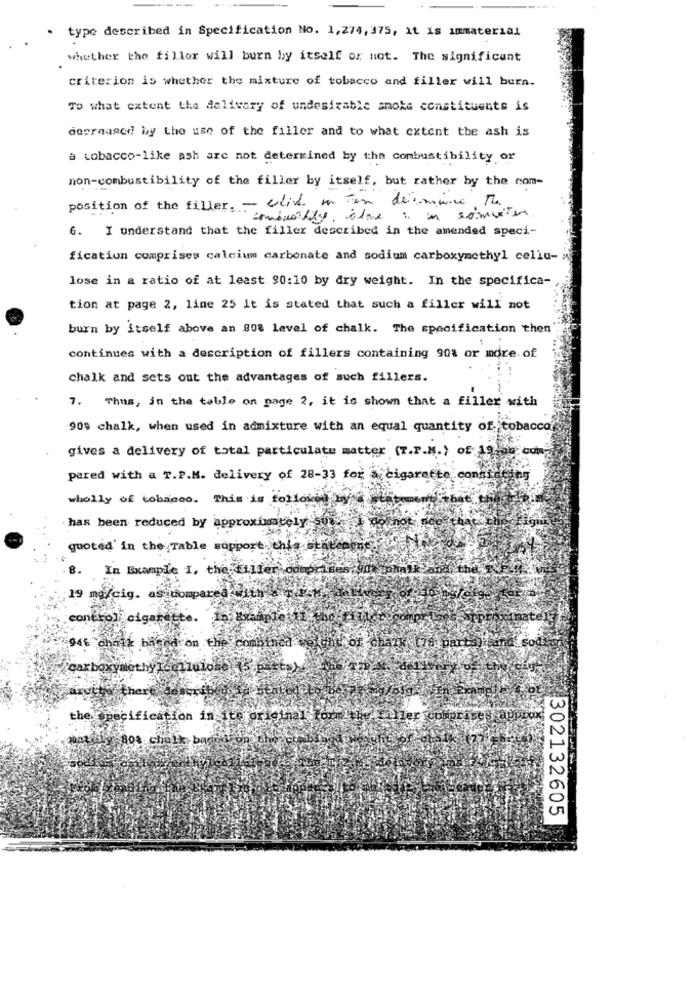
type described in Specification No. 1,274, 375, it is immaterial
whether the filler will burn by itself or not. The significant
criterion is whether the mixture of tobacco and filler will burn.
To what extent the delivery of undesirable smoke constituents is
decreased by the use of the filler and to what extent the ash is
a tobacco-like ash are not determined by the combustibility or
non-combustibility of the filler by itself, but rather by the com-
position of the filler. - click in tan dermine, Mu
6. I understand that the filler described in the amended speci-
ficatiun comprises calcium carbonate and sodium carboxymethyl cella-
lose in a ratio of at least 90:10 by dry weight. In the specifica-
tion at page 2, line 25 it is stated that such a filler will not
burn by itself above an 808 level of chalk. The specification then
continues with a description of fillers containing 90% or more of
chalk and sets out the advantages of such fillers.
7. Thus, in the table on page 2, it is shown that a filler with
90% chalk, when used in admixture with an equal quantity of tobacco?
gives a delivery of total particulate matter (T.P.N.) of 19 50 com
pared with a T.P.M. delivery of 28-33 for a cigarette constating
wholly of tobanco. This is followed by
has been reduced by approximately soI do not
quoted' in the Table support thisst
8.
In Example I, the filter comprises il
19 mg/cig. as compared With
control cigarette.
In Example 11.
`chatk barra on the combined
carboxymethyl.@11010kb
the specification in its original for
Libe filler
mariny Bot choix
302132605